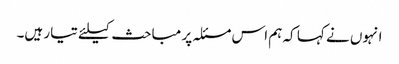
انہوں نے کہا کہ ہم اس مسئلہ پر مباحث کیلئے تیار ہیں۔